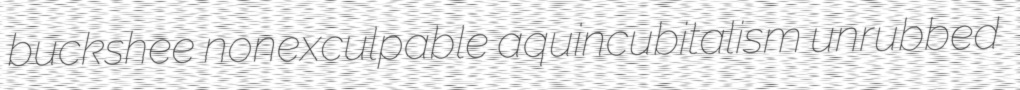
buckshee nonexculpable aquincubitalism unrubbed